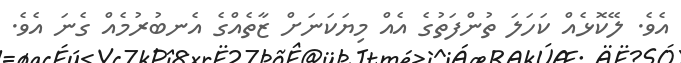
އެވެ. ލޭކޮޅެއް ކަހަލަ ތުންފަތުގެ އެއް މިޔަކަނަށް ޒާތެއްގެ އެނބުރުމެއް ގެނަ އެވެ.